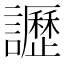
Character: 讈